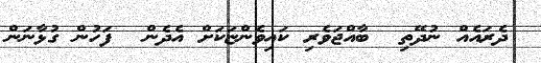
ދެރައެއް ނުދޭތި  ބާއްޖަވެރި ކައިވެންޏަކަށް އެދެން  ފަހުން ގުޅާނަން